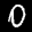
Label: 0